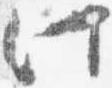
此